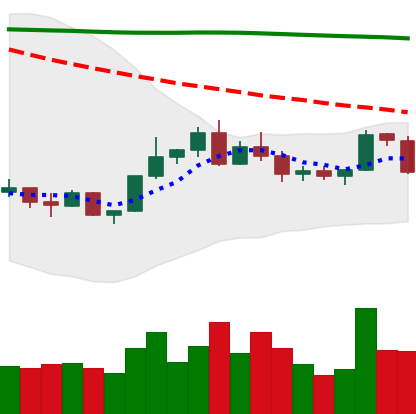
Ticker: BNB-USD
Chart end date: 2022-02-17
Forward return: -6.993%
Label: down_5_7